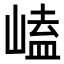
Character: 𡻊